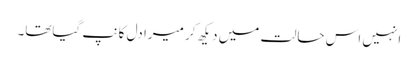
انہیں اس حالت میں دیکھ کر میرا دل کانپ گیاتھا۔